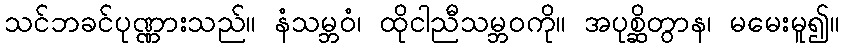
သင်ဘခင်ပုဏ္ဏားသည်။ နံသမ္ဘဝံ၊ ထိုငါညီသမ္ဘဝကို။ အပုစ္ဆိတွာန၊ မမေးမူ၍။